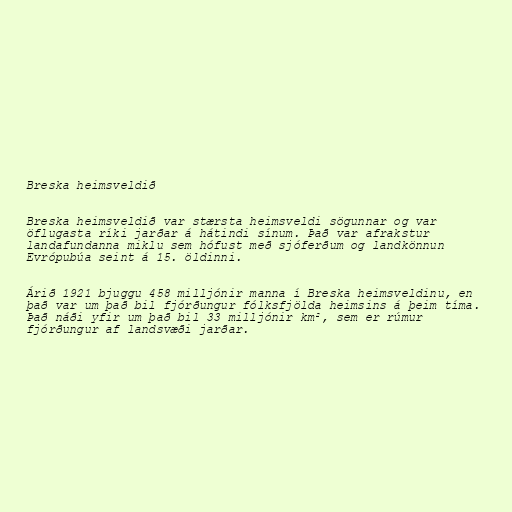
Breska heimsveldið

Breska heimsveldið var stærsta heimsveldi sögunnar og var
öflugasta ríki jarðar á hátindi sínum. Það var afrakstur
landafundanna miklu sem hófust með sjóferðum og landkönnun
Evrópubúa seint á 15. öldinni.

Árið 1921 bjuggu 458 milljónir manna í Breska heimsveldinu, en
það var um það bil fjórðungur fólksfjölda heimsins á þeim tíma.
Það náði yfir um það bil 33 milljónir km², sem er rúmur
fjórðungur af landsvæði jarðar.